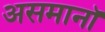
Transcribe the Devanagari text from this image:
असमानॉ